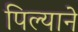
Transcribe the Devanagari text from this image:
पिल्याने